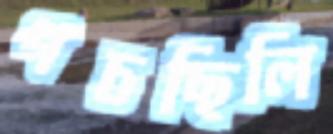
পচছিলি